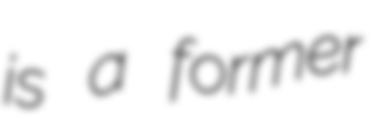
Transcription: is a former